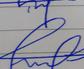
Signature authenticity: forged